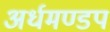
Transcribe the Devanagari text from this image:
अर्धमण्डप